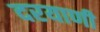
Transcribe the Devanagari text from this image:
दरयाणी